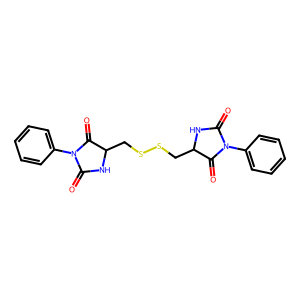
SMILES: O=C1NC(CSSCC2NC(=O)N(c3ccccc3)C2=O)C(=O)N1c1ccccc1
Inhibits HIV replication: No